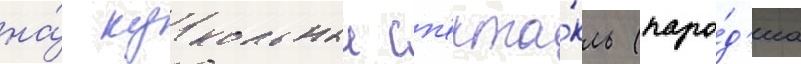
на́ кукольныи сп'екта́кль (паро́д'иа